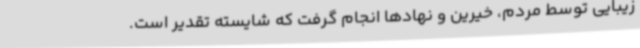
زیبایی توسط مردم، خیرین و نهادها انجام گرفت که شایسته تقدیر است.